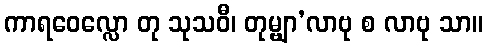
ကာရဝေလ္လော တု သုသဝီ၊ တုမ္ဗျာ’လာဗု စ လာဗု သာ။